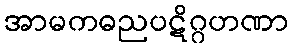
အာမကဓညပဋိဂ္ဂဟဏာ